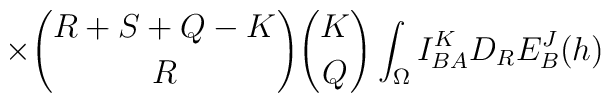
\times {{R+S+Q-K} \choose R}{K \choose Q}\int_{\Omega} I^K_{BA}D_RE^J_B(h)